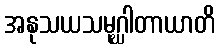
အနုသယသမုဂ္ဃါတာယာတိ